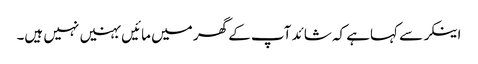
اینکر سے کہاہے کہ شائد آپ کے گھر میں مائیں بہنیں نہیں ہیں۔